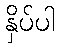
နှိပ်ပါ